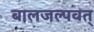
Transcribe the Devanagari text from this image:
बालजल्पवत्